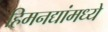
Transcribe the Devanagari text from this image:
हिमनद्यांमध्ये